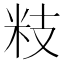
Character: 𥸳